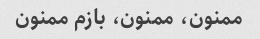
ممنون، ممنون، بازم ممنون